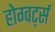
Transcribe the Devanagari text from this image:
होग्वर्ट्स